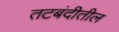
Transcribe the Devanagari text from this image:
तटबंदीतील